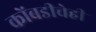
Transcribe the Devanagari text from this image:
कोंबडीचेही